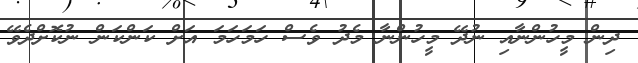
ދިން މީހުންނާއި ނުދޭ މީހުންނާ މެދު ވެސް ހަމަހަމަ އަށް ކަންކަން ނުކޮށްދެވޭ